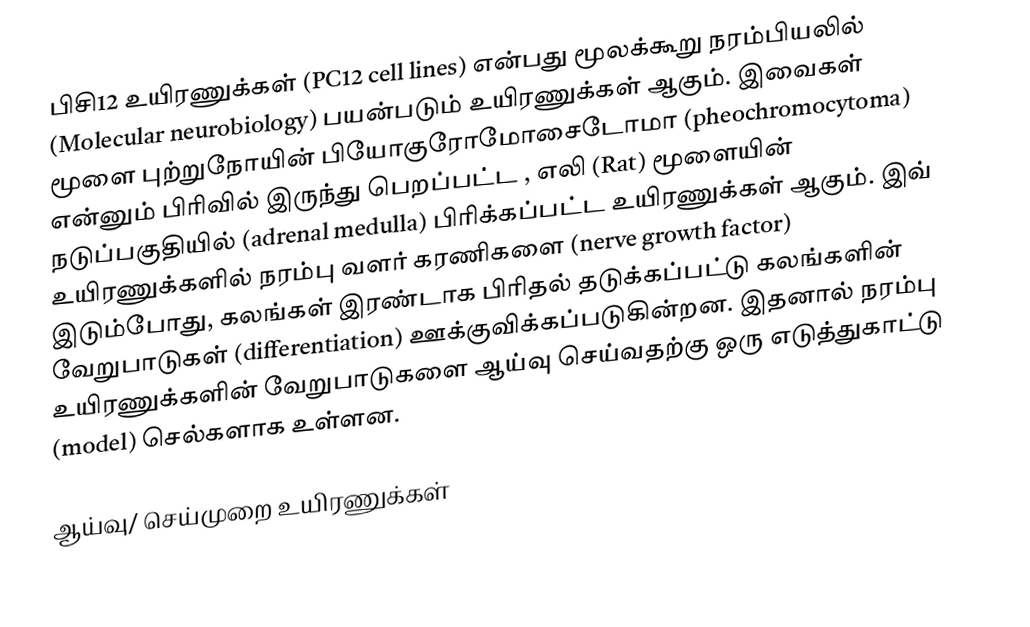
பிசி12 உயிரணுக்கள் (PC12 cell lines) என்பது மூலக்கூறு நரம்பியலில் (Molecular neurobiology) பயன்படும் உயிரணுக்கள் ஆகும். இவைகள் மூளை புற்றுநோயின் பியோகுரோமோசைடோமா (pheochromocytoma) என்னும் பிரிவில் இருந்து பெறப்பட்ட , எலி (Rat) மூளையின் நடுப்பகுதியில் (adrenal medulla) பிரிக்கப்பட்ட உயிரணுக்கள் ஆகும். இவ் உயிரணுக்களில் நரம்பு வளர் கரணிகளை (nerve growth factor) இடும்போது, கலங்கள் இரண்டாக பிரிதல் தடுக்கப்பட்டு கலங்களின் வேறுபாடுகள் (differentiation) ஊக்குவிக்கப்படுகின்றன. இதனால் நரம்பு உயிரணுக்களின் வேறுபாடுகளை ஆய்வு செய்வதற்கு ஒரு எடுத்துகாட்டு (model) செல்களாக உள்ளன.

ஆய்வு/ செய்முறை உயிரணுக்கள்